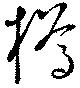
樽